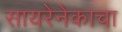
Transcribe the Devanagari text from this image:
सायरेनेकाचा